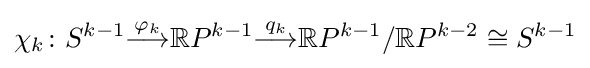
\chi _{k}\colon S^{k-1}{\overset {\varphi _{k}}{\longrightarrow }}\mathbb {R} P^{k-1}{\overset {q_{k}}{\longrightarrow }}\mathbb {R} P^{k-1}/\mathbb {R} P^{k-2}\cong S^{k-1}